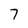
Character: 7